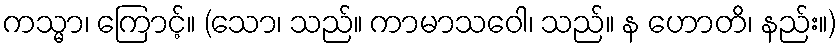
ကသ္မာ၊ ကြောင့်။ (သော၊ သည်။ ကာမာသဝေါ၊ သည်။ န ဟောတိ၊ နည်း။)